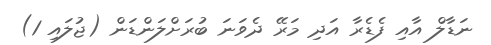
ނަޑާލް އާއި ފެޑެރާ އަދި މަރޭ ދެވަނަ ބުރަށްލަންޑަން (ޖުލައި 1)